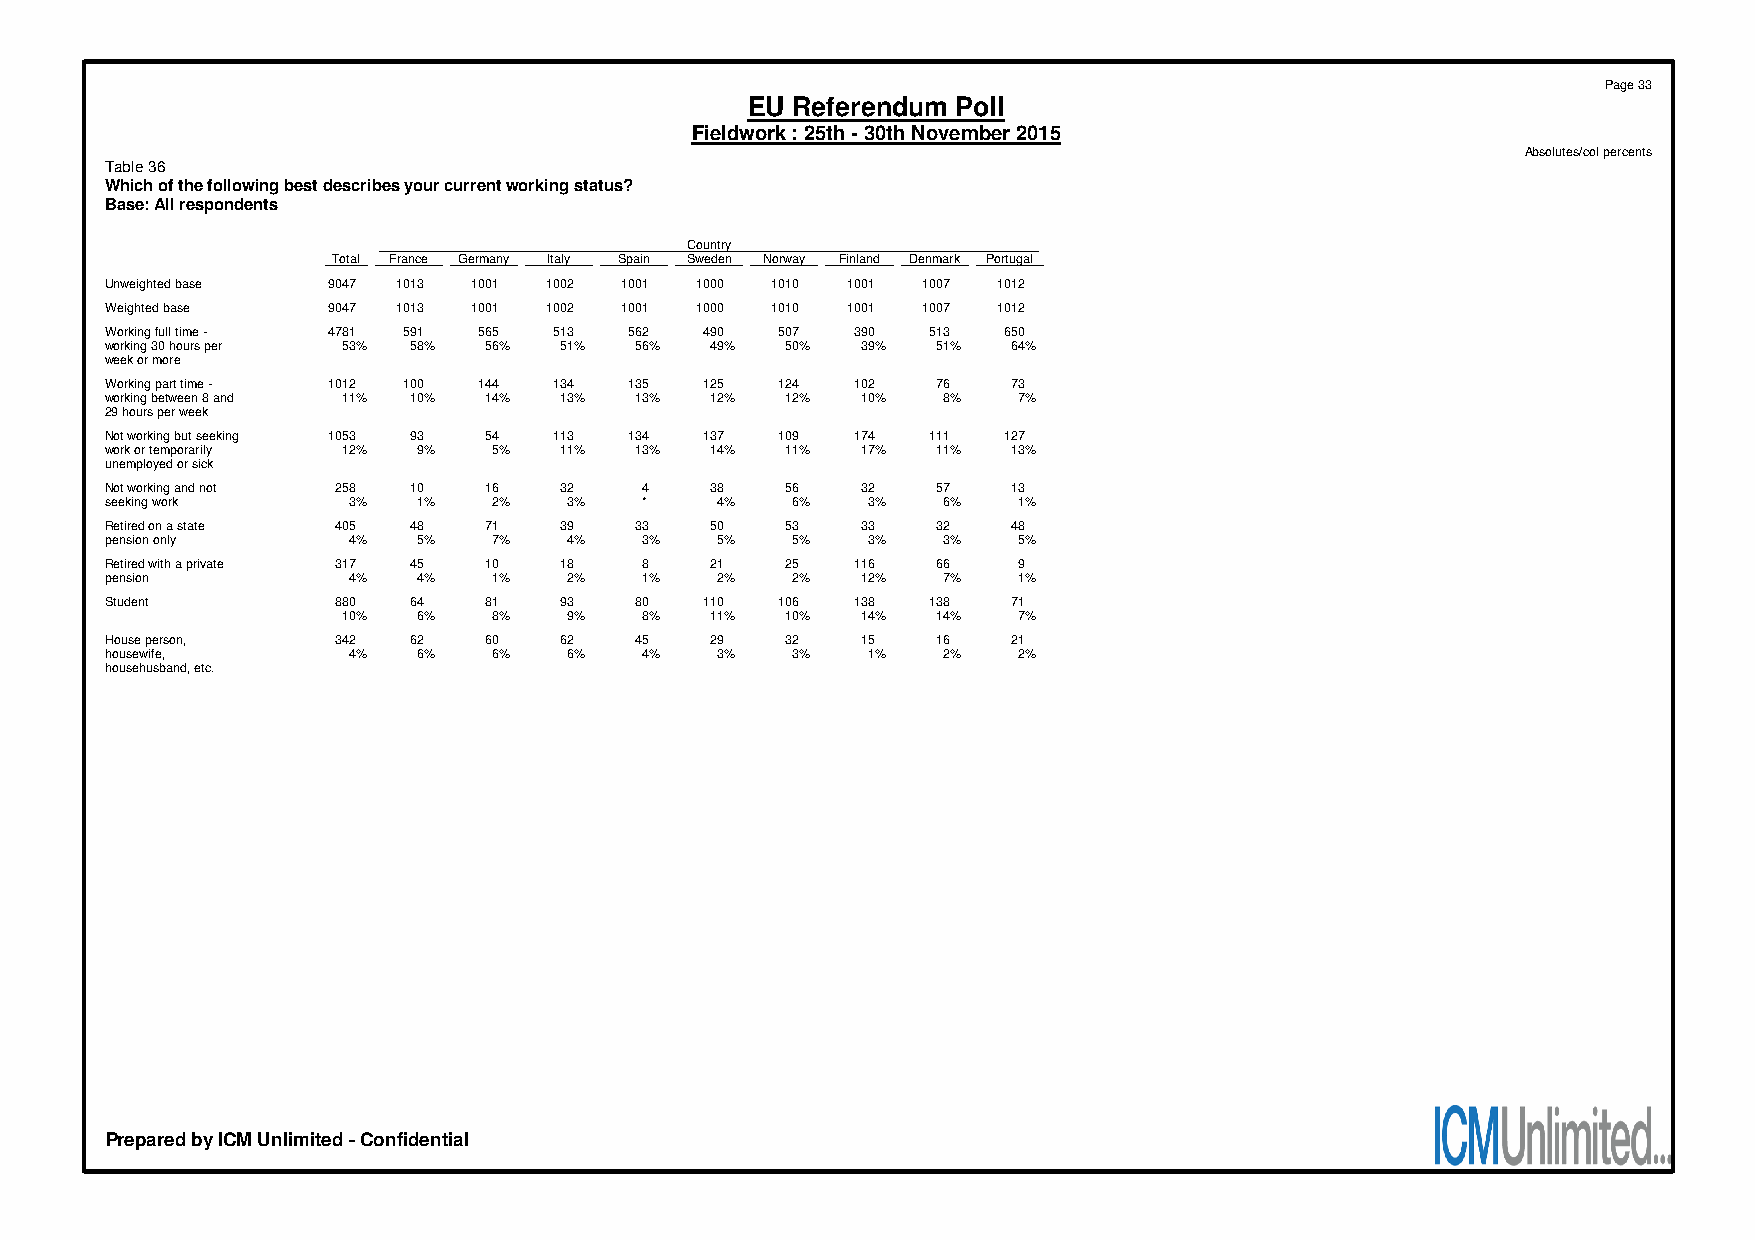
Page 33
 EU Referendum Poll
 Fieldwork : 25th - 30th November 2015
 Absolutes/col percents
 Table 36
 Which of the following best describes your current working status?
 Base: All respondents
 Country
 Total France Germany Italy Spain Sweden Norway Finland Denmark Portugal
 Unweighted base 9047 1013 1001 1002 1001 1000 1010 1001 1007 1012
 Weighted base  9047 1013 1001 1002 1001 1000 1010 1001 1007 1012
 Working full time - 4781 591 565 513 562 490 507 390  513  650
 working 30 hours per 53% 58% 56% 51% 56% 49% 50%  39%  51%  64%
 week or more
 Working part time - 1012 100 144 134 135 125 124 102   76   73
 working between 8 and 11% 10% 14% 13% 13% 12% 12% 10%  8%   7%
 29 hours per week
 Not working but seeking 1053 93 54 113 134 137 109 174 111 127
 work or temporarily 12% 9% 5% 11%  13%  14%  11%  17%  11%  13%
 unemployed or sick
 Not working and not 258 10 16 32    4   38   56   32   57   13
 seeking work    3%   1%   2%   3%   *   4%   6%   3%   6%   1%
 Retired on a state 405 48 71  39   33   50   53   33   32   48
 pension only    4%   5%   7%   4%   3%  5%   5%   3%   3%   5%
 Retired with a private 317 45 10 18 8   21   25  116   66   9
 pension         4%   4%   1%   2%   1%  2%   2%   12%  7%   1%
 Student        880  64   81   93   80   110  106 138  138   71
 10%  6%   8%   9%   8%  11%  10%  14%  14%  7%
 House person,  342  62   60   62   45   29   32   15   16   21
 housewife,      4%   6%   6%   6%   4%  3%   3%   1%   2%   2%
 househusband, etc.
 Prepared by ICM Unlimited - Confidential